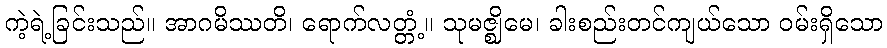
ကဲ့ရဲ့ခြင်းသည်။ အာဂမိဿတိ၊ ရောက်လတ္တံ့။ သုမဇ္ဈိမေ၊ ခါးစည်းတင်ကျယ်သော ဝမ်းရှိသော